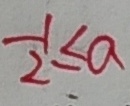
- \frac { 1 } { 2 } \leq a